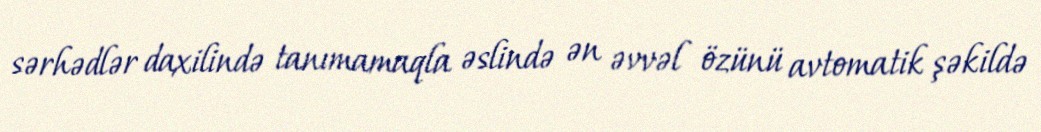
sərhədlər daxilində tanımamaqla əslində ən əvvəl özünü avtomatik şəkildə